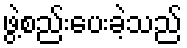
ဖွဲ့စည်းပေးခဲ့သည်